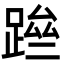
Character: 䠁